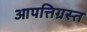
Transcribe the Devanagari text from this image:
आपत्तिग्रस्त